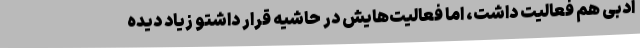
ادبی هم فعالیت داشت، اما فعالیت‌هایش در حاشیه قرار داشتو زیاد دیده